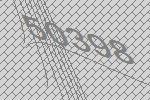
50398